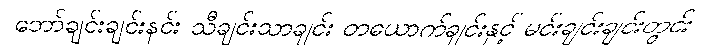
ဘော်ချင်းချင်းနင်း သီချင်းသာချင်း တယောက်ချင်းနှင့် မင်းချင်းချင်းတွင်း